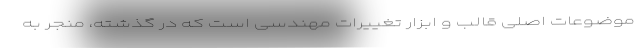
موضوعات اصلی قالب و ابزار تغییرات مهندسی است که در گذشته، منجر به